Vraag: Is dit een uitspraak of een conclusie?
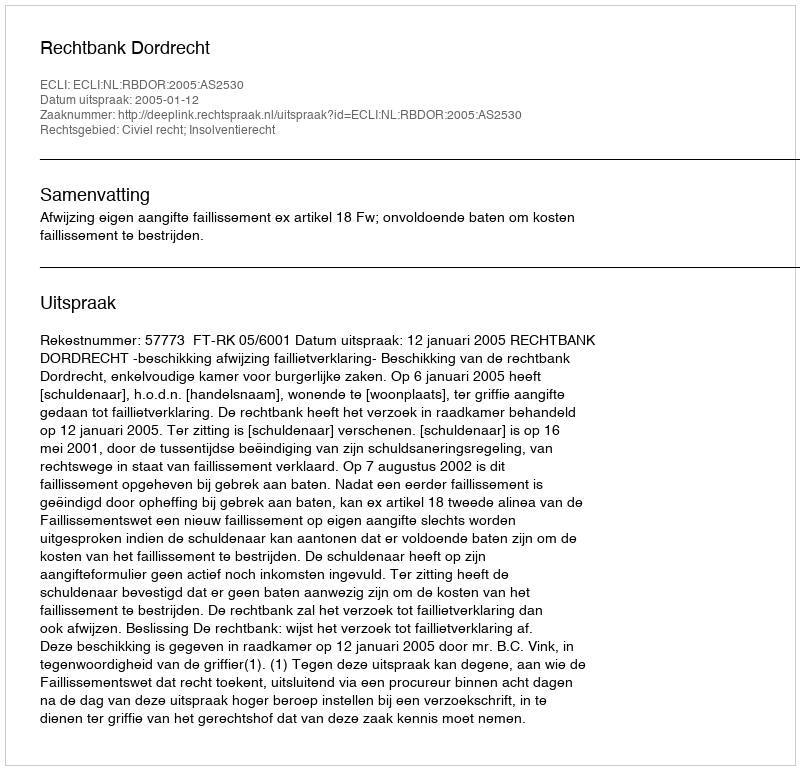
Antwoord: Uitspraak